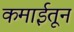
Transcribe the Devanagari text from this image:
कमाईतून